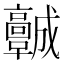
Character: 𩫨